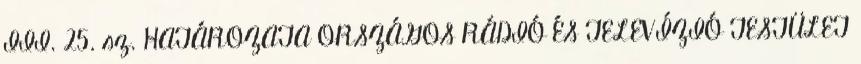
III. 25. sz. HATÁROZATA ORSZÁGOS RÁDIÓ ÉS TELEVÍZIÓ TESTÜLET